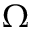
\Omega